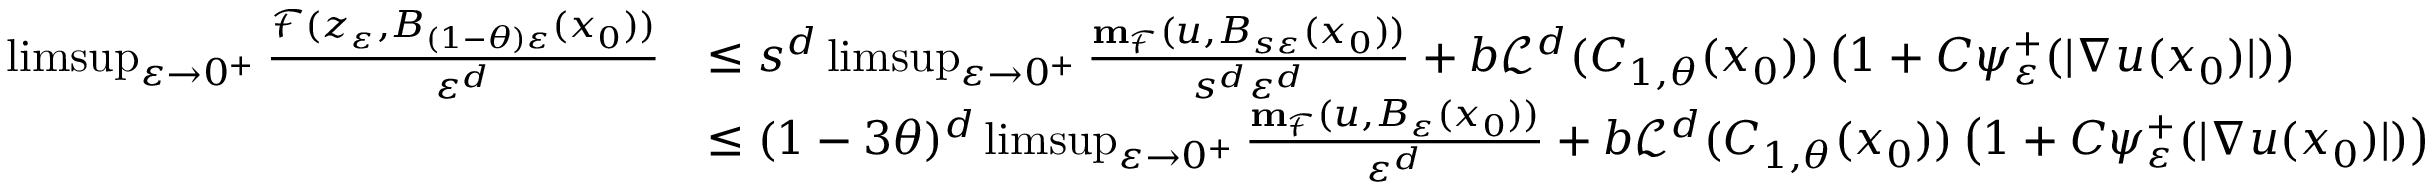
\begin{array} { r l } { \operatorname* { l i m s u p } _ { \varepsilon \to 0 ^ { + } } \frac { \mathcal { F } ( z _ { \varepsilon } , B _ { ( 1 - \theta ) \varepsilon } ( x _ { 0 } ) ) } { \varepsilon ^ { d } } } & { \leq s ^ { d } \operatorname* { l i m s u p } _ { \varepsilon \to 0 ^ { + } } \frac { \mathbf { m } _ { \mathcal { F } } ( u , B _ { s \varepsilon } ( x _ { 0 } ) ) } { s ^ { d } \varepsilon ^ { d } } + b \mathcal { L } ^ { d } ( C _ { 1 , \theta } ( x _ { 0 } ) ) \left( 1 + C \psi _ { \varepsilon } ^ { + } ( | \nabla u ( x _ { 0 } ) | ) \right) } \\ & { \leq ( 1 - 3 \theta ) ^ { d } \operatorname* { l i m s u p } _ { \varepsilon \to 0 ^ { + } } \frac { \mathbf { m } _ { \mathcal { F } } ( u , B _ { \varepsilon } ( x _ { 0 } ) ) } { \varepsilon ^ { d } } + b \mathcal { L } ^ { d } ( C _ { 1 , \theta } ( x _ { 0 } ) ) \left( 1 + C \psi _ { \varepsilon } ^ { + } ( | \nabla u ( x _ { 0 } ) | ) \right) } \end{array}